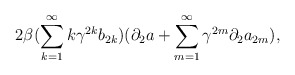
\begin{align*}2 \beta (\sum_{k=1}^{\infty}k{\gamma}^{2k} b_{2k})({\partial}_{2} a + \sum_{m=1}^{\infty}{\gamma}^{2m}{\partial}_{2} a_{2m}),\end{align*}